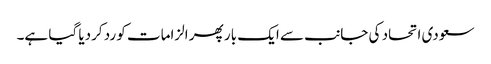
سعودی اتحاد کی جانب سے ایک بار پھر الزامات کو رد کردیا گیا ہے۔